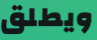
ويطلق